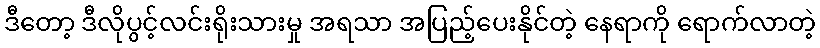
ဒီတော့ ဒီလိုပွင့်လင်းရိုးသားမှု အရသာ အပြည့်ပေးနိုင်တဲ့ နေရာကို ရောက်လာတဲ့